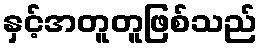
နှင့်အတူတူဖြစ်သည်